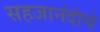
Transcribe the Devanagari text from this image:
सहजानंदांचे